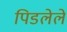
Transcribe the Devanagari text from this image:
पिडलेले